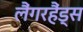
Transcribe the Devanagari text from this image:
लैंगरहैंड्स